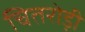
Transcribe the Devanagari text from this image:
चितरोड़ी